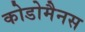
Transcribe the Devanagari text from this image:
कोडोमैनस